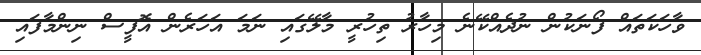
ވާހަކަތައް ފޯނަކުން ނުދެއްކޭނެ މިހާރު ތިހުރީ މާލޭގައި ނަމަ އަހަރެން އޮފީސް ނިންމާފައި